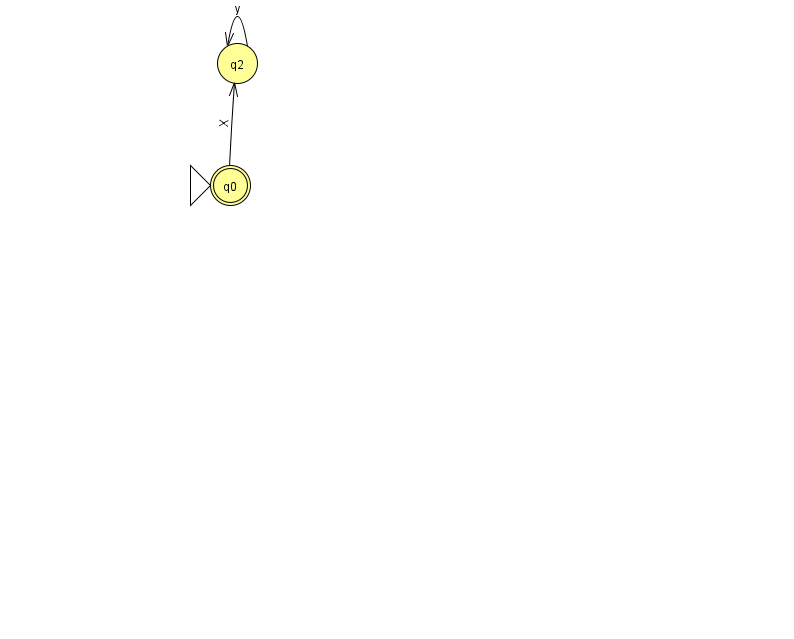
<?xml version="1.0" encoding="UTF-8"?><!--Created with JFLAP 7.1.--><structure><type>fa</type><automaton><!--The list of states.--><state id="0" name="q0"><x>230.0</x><y>172.0</y><initial/><final/></state><state id="2" name="q2"><x>237.0</x><y>50.0</y></state><!--The list of transitions.--><transition><from>0</from><to>2</to><read>X</read></transition><transition><from>2</from><to>2</to><read>y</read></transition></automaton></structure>